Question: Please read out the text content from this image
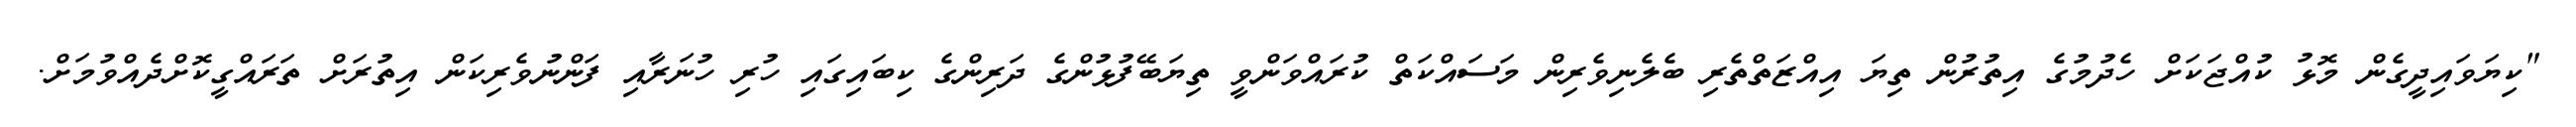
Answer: "ކިޔަވައިދީގެން މޮޅު ކުއްޖަކަށް ހެދުމުގެ އިތުރުން ތިޔަ އިއްޒަތްތެރި ބެލެނިވެރިން މަސައްކަތް ކުރައްވަންވީ ތިޔަބޭފުޅުންގެ ދަރިންގެ ކިބައިގައި ހުރި ހުނަރާއި ފަންނުވެރިކަން އިތުރަށް ތަރައްގީކޮށްދެއްވުމަށް.